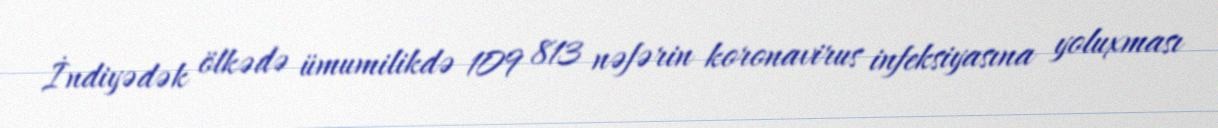
İndiyədək ölkədə ümumilikdə 109 813 nəfərin koronavirus infeksiyasına yoluxması